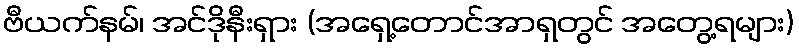
ဗီယက်နမ်၊ အင်ဒိုနီးရှား (အရှေ့တောင်အာရှတွင် အတွေ့ရများ)